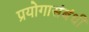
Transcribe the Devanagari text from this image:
प्रयोगासंबंधी